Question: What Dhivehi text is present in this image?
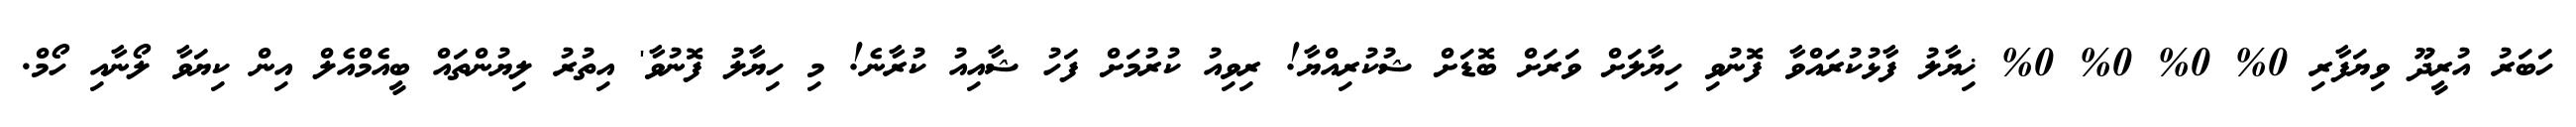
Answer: ހަބަރު އުރީދޫ ވިޔަފާރި 0% 0% 0% 0% ޚިޔާލު ފާޅުކުރައްވާ ފޮނުވި ހިޔާލަށް ވަރަށް ބޮޑަށް ޝުކުރިއްޔާ! ރިވިއު ކުރުމަށް ފަހު ޝާއިއު ކުރާނެ! މި ހިޔާލު ފޮނުވާ' އިތުރު ލިޔުންތައް ބީއެމްއެލް އިން ކިޔަވާ ލޯނާއި ހޯމް.